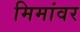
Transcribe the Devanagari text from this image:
मिमांवर